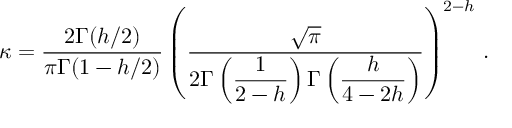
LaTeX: \kappa = \displaystyle \frac { 2 \Gamma ( h / 2 ) } { \pi \Gamma ( 1 - h / 2 ) } \left( \displaystyle \frac { \sqrt { \pi } } { 2 \Gamma \left( \displaystyle \frac { 1 } { 2 - h } \right) \Gamma \left( \displaystyle \frac { h } { 4 - 2 h } \right) } \right) ^ { 2 - h } \, .